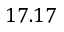
1 7 . 1 7